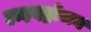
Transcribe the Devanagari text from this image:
हाइदड्रोजन